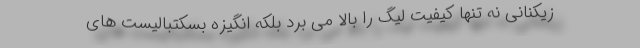
زیکنانی نه تنها کیفیت لیگ را بالا می برد بلکه انگیزه بسکتبالیست های